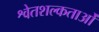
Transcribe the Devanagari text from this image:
श्वेतशल्कताओं